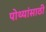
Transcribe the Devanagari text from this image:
पोथ्यांसाठी